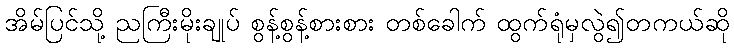
အိမ်ပြင်သို့ ညကြီးမိုးချုပ် စွန့်စွန့်စားစား တစ်ခေါက် ထွက်ရုံမှလွဲ၍တကယ်ဆို